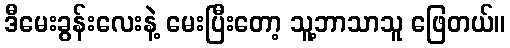
ဒီမေးခွန်းလေးနဲ့ မေးပြီးတော့ သူ့ဘာသာသူ ဖြေတယ်။